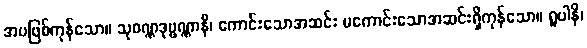
အပဖြစ်ကုန်သော။ သုဝဏ္ဏဒုဗ္ဗဏ္ဏာနိ၊ ကောင်းသောအဆင်း မကောင်းသောအဆင်းရှိကုန်သော။ ရူပါနိ၊